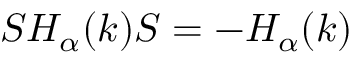
{ \cal S } H _ { \alpha } ( k ) { \cal S } = - H _ { \alpha } ( k )